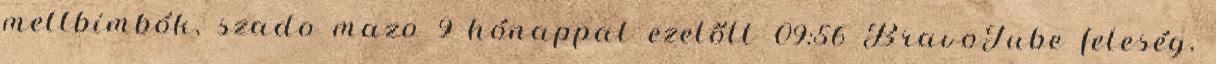
mellbimbók, szado mazo 9 hónappal ezelőtt 09:56 BravoTube feleség,